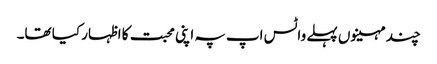
چند مہینوں پہلے واٹس اپ پہ اپنی محبت کا اظہار کیا تھا۔